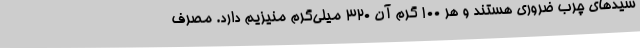
سیدهای چرب ضروری هستند و هر 100 گرم آن 320 میلی‌گرم منیزیم دارد. مصرف